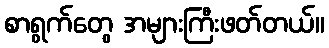
စာရွက်တွေ အများကြီးဖတ်တယ်။